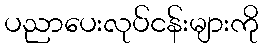
ပညာပေးလုပ်ငန်းများကို